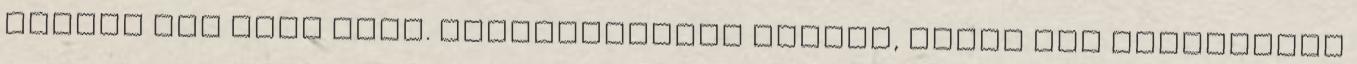
inkabb nem kene neki. simsoviniszta gyoker, aztan ugy lecsavarna